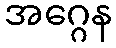
အဂ္ဂေန